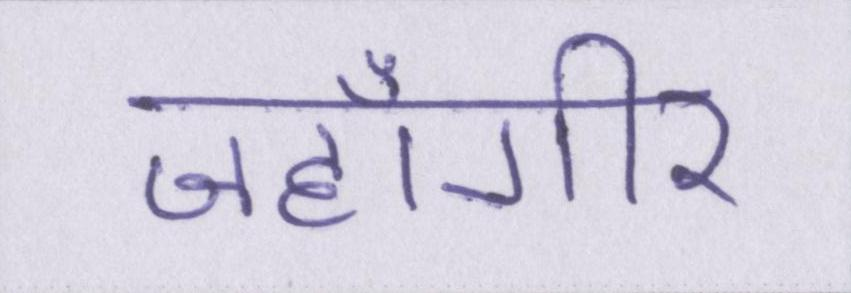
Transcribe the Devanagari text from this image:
जहाँगीर